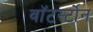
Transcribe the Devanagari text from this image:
वाॅटर्स्टोन